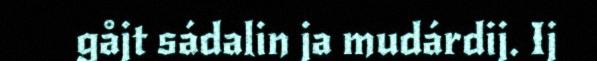
gåjt sádalin ja mudárdij. Ij